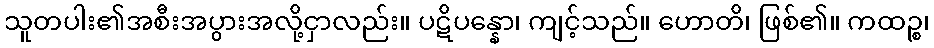
သူတပါး၏အစီးအပွားအလို့ငှာလည်း။ ပဋိပန္နော၊ ကျင့်သည်။ ဟောတိ၊ ဖြစ်၏။ ကထဉ္စ၊